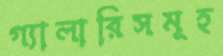
গ্যালারিসমূহ